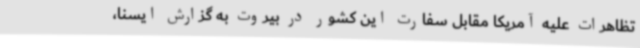
تظاهرات علیه آمریکا مقابل سفارت این کشور در بیروت به گزارش ایسنا،